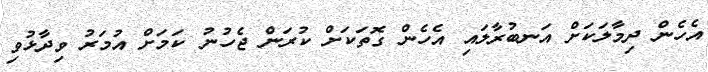
އެހެން ދިމާލަކަށް އަނބުރާލައި އެހެން ގޮތަަކަށް ކުރަން ޖެހުނު ކަމަށް އުމަރު ވިދާޅުވި